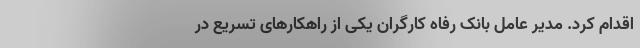
اقدام کرد. مدیر عامل بانک رفاه کارگران یکی از راهکارهای تسریع در